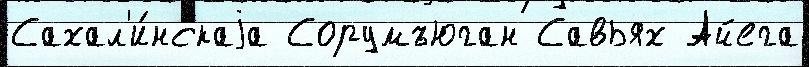
Сахал'и́нскаjа Сорумъюган Савьях Айега